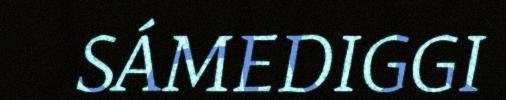
SÁMEDIGGI